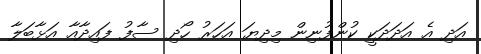
އަދި އެ އަދަދަކީ ކުންފުނިން މިދިޔަ އަހަރު ހޯދި ސާފު ފައިދާއާ އަޅާބަލާ